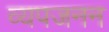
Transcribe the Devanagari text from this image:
व्‍यपजनन